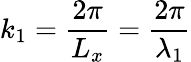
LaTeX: k_{1}=\frac{2\pi}{L_{x}}=\frac{2\pi}{\lambda_{1}}